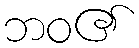
ဘဝ၏